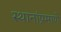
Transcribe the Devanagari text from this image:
स्थानांप्रमाणे